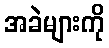
အခဲများကို